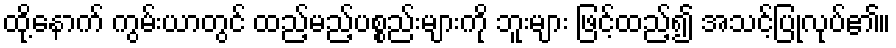
ထို့နောက် ကွမ်းယာတွင် ထည့်မည့်ပစ္စည်းများကို ဘူးများ ဖြင့်ထည့်၍ အသင့်ပြုလုပ်၏။